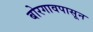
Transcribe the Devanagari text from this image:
बोरगावपासून